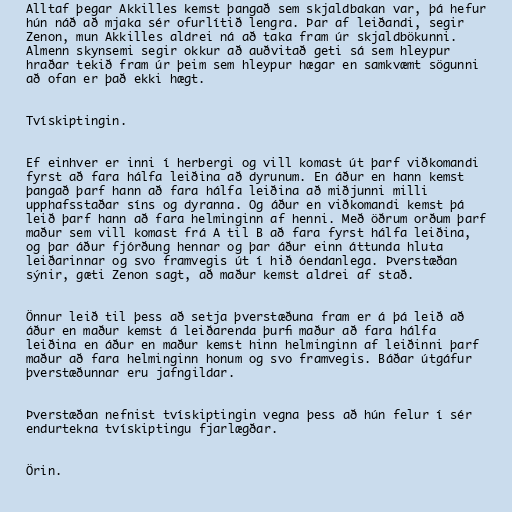
Alltaf þegar Akkilles kemst þangað sem skjaldbakan var, þá hefur
hún náð að mjaka sér ofurlítið lengra. Þar af leiðandi, segir
Zenon, mun Akkilles aldrei ná að taka fram úr skjaldbökunni.
Almenn skynsemi segir okkur að auðvitað geti sá sem hleypur
hraðar tekið fram úr þeim sem hleypur hægar en samkvæmt sögunni
að ofan er það ekki hægt.

Tvískiptingin.

Ef einhver er inni í herbergi og vill komast út þarf viðkomandi
fyrst að fara hálfa leiðina að dyrunum. En áður en hann kemst
þangað þarf hann að fara hálfa leiðina að miðjunni milli
upphafsstaðar síns og dyranna. Og áður en viðkomandi kemst þá
leið þarf hann að fara helminginn af henni. Með öðrum orðum þarf
maður sem vill komast frá A til B að fara fyrst hálfa leiðina,
og þar áður fjórðung hennar og þar áður einn áttunda hluta
leiðarinnar og svo framvegis út í hið óendanlega. Þverstæðan
sýnir, gæti Zenon sagt, að maður kemst aldrei af stað.

Önnur leið til þess að setja þverstæðuna fram er á þá leið að
áður en maður kemst á leiðarenda þurfi maður að fara hálfa
leiðina en áður en maður kemst hinn helminginn af leiðinni þarf
maður að fara helminginn honum og svo framvegis. Báðar útgáfur
þverstæðunnar eru jafngildar.

Þverstæðan nefnist tvískiptingin vegna þess að hún felur í sér
endurtekna tvískiptingu fjarlægðar.

Örin.